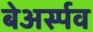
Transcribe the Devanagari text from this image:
बेअर्स्पव